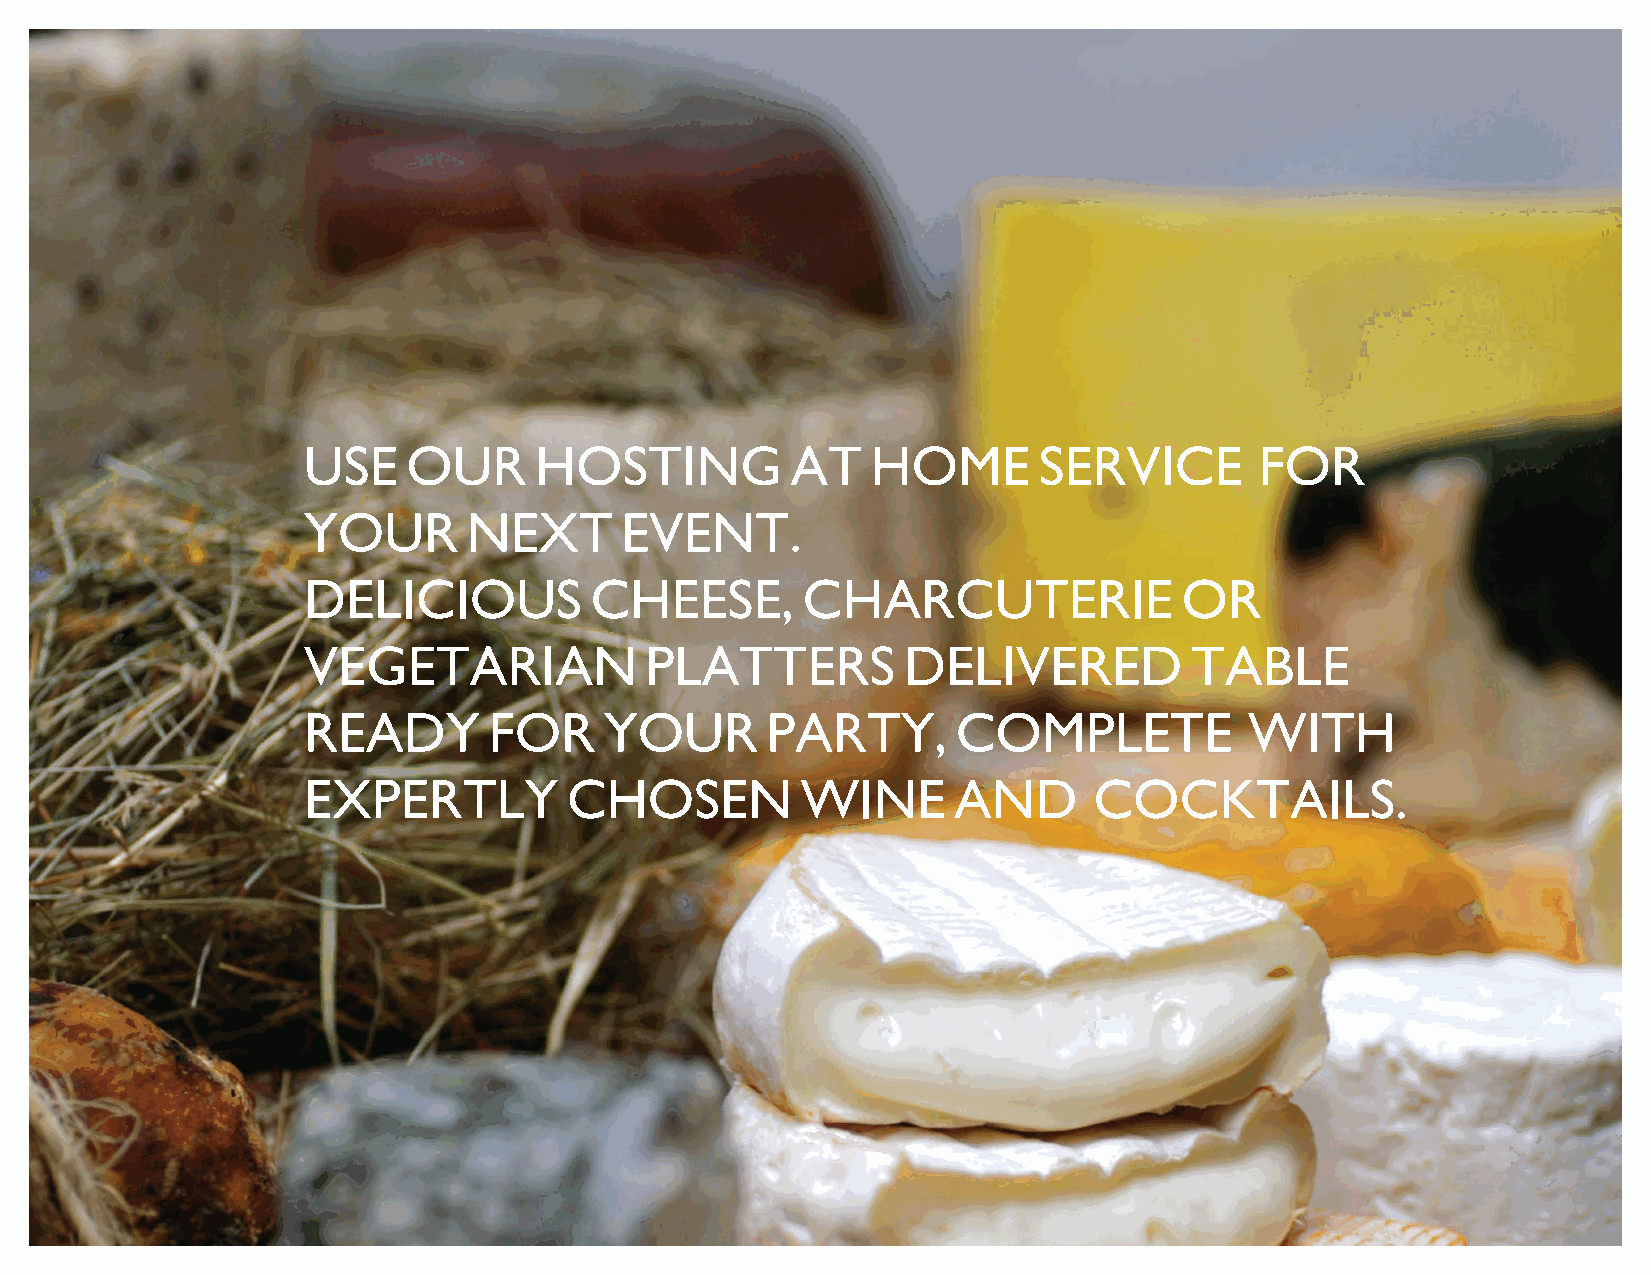
USE    OUR     HOSTING          AT    HOME       SERVICE       FOR
 YOUR       NEXT      EVENT.
 DELICIOUS          CHEESE,       CHARCUTERIE              OR
 VEGETARIAN             PLATTERS         DELIVERED          TABLE
 READY       FOR     YOUR       PARTY,      COMPLETE            WITH
 EXPERTLY          CHOSEN         WINE      AND      COCKTAILS.